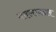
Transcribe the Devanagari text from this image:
बदलाबद्दल